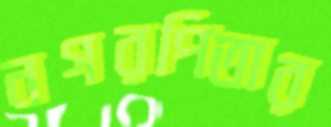
নগরপিতার